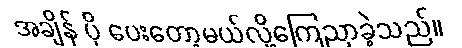
အချိန် ပို ပေးတော့မယ်လို့ကြေညာခဲ့သည်။